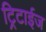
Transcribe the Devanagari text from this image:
ट्रिटाईज